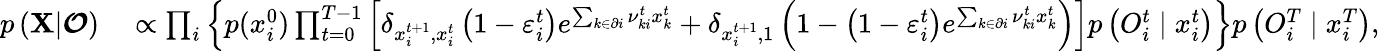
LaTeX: \begin{array}{rl}{p\left({\mathbf X}|\boldsymbol{\mathcal{O}}\right)}&{{}\propto\prod_{i}\left\{ p(x_{i}^{0})\prod_{t=0}^{T-1}\left[\delta_{x_{i}^{t+1},x_{i}^{t}}\left(1-\varepsilon_{i}^{t}\right)e^{\sum_{k\in\partial i}\nu_{ki}^{t}x_{k}^{t}}+\delta_{x_{i}^{t+1},1}\left(1-\left(1-\varepsilon_{i}^{t}\right)e^{\sum_{k\in\partial i}\nu_{ki}^{t}x_{k}^{t}}\right)\right]p\left({O}_{i}^{t}\mid x_{i}^{t}\right)\right\} p\left({O}_{i}^{T}\mid x_{i}^{T}\right),}\end{array}